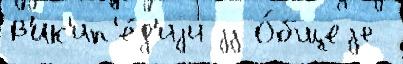
В'ик'ип'е́д'иjи jj О́бщеjе